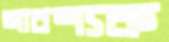
আবশ্যক